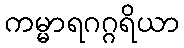
ကမ္မာရဂဂ္ဂရိယာ